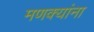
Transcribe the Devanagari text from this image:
मणक्यांना